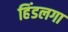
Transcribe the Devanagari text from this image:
हिंडलगा